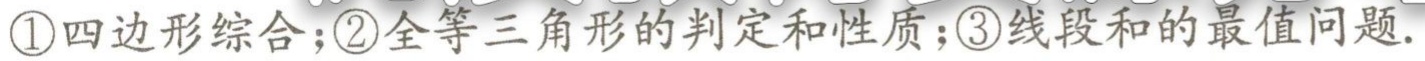
\textcircled{1}四边形综合;\textcircled{2}全等三角形的判定和性质;\textcircled{3}线段和的最值问题.